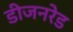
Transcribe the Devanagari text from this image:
डीजनरेड